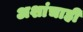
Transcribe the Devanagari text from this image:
अशांचाही